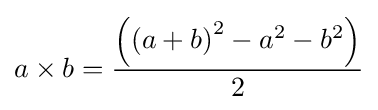
a\times b={\frac {\left(\left(a+b\right)^{2}-a^{2}-b^{2}\right)}{2}}